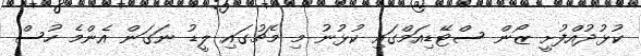
ކުޅުދުއްފުށީ ޒޯން ސްޓޭޑިއަމްގައި ކުޅުނު މި މެޗުގައި ލީޑު ނަގަން އެންމެ ހުސް